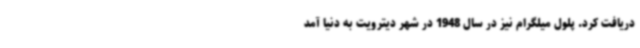
دریافت کرد. پلول میلگرام نیز در سال 1948 در شهر دیترویت به دنیا آمد